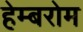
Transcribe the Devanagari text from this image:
हेम्बरोम